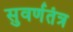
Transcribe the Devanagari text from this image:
सुवर्णतंत्र